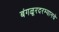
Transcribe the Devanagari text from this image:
बंगळूरदरम्यानचे